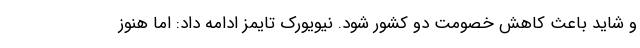
و شاید باعث کاهش خصومت دو کشور شود. نیویورک تایمز ادامه داد: اما هنوز